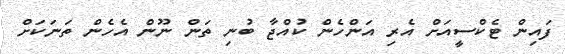
ފައިން ޓެކްސީއަށް އެރި އަންހެން ކުއްޖާ ބުނި ތަން ނޫން އެހެން ތަނަކަށް